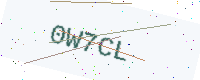
Text: 0W7CL